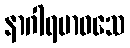
နာဂါရမာဝသေ